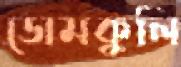
ডোমকুলি